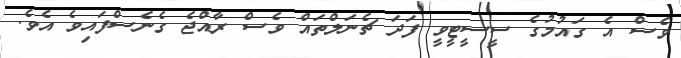
ވެސް އެ ގައުމުގެ ސީސީޓީވީ ފަދަ ޗެނަލްތައް ވެސް ރާއްޖެ ގެނެސްފައިވެ އެވެ.